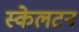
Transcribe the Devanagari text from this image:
स्केलटन